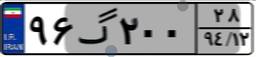
۴۳گ۸۹۷۲۶